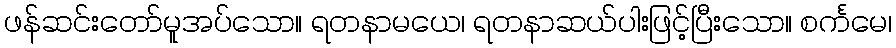
ဖန်ဆင်းတော်မူအပ်သော။ ရတနာမယေ၊ ရတနာဆယ်ပါးဖြင့်ပြီးသော။ စင်္ကမေ၊